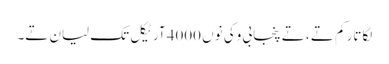
لگاتار کم تے ، تے پنجابی وکی نوں 4000 آرٹیکل تک لیان تے۔